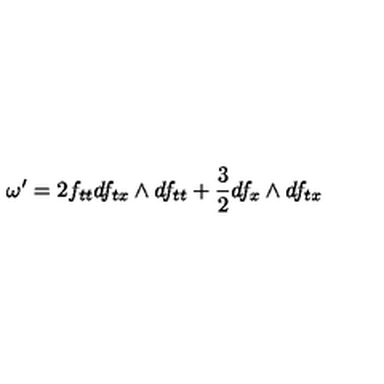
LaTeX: \omega ^ { \prime } = 2 f _ { t t } d f _ { t x } \wedge d f _ { t t } + \frac { 3 } { 2 } d f _ { x } \wedge d f _ { t x }